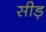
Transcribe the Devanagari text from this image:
सीड़